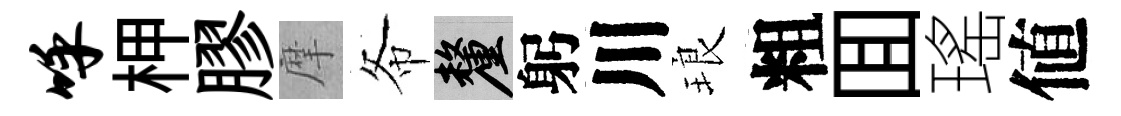
呼柙膠摩𢁙厘躬川琅粗囬瑤値